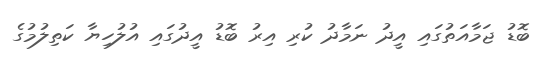
ބޮޑު ޖަމާއަތުގައި އީދު ނަމާދު ކުރި އިރު ބޮޑު އީދުގައި އުލުހިޔާ ކަތިލުމުގެ